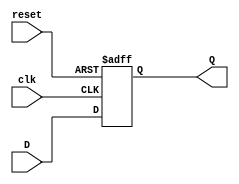
module d_flipflop_sync_rst(
    input       D,
    output  reg Q,
    input       clk,
    input       reset);

always@(posedge clk, posedge reset)
begin
    if(reset)
        Q <= 1'd0;
    else
        Q <= D;     
end
endmodule